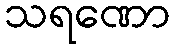
သရဏော